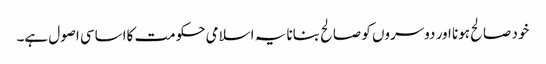
خود صالح ہونا اور دوسروں کو صالح بنانا یہ اسلامی حکومت کااساسی اصول ہے۔